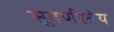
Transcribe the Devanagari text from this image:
सुवर्णस्तेय